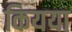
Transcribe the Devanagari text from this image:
कियया